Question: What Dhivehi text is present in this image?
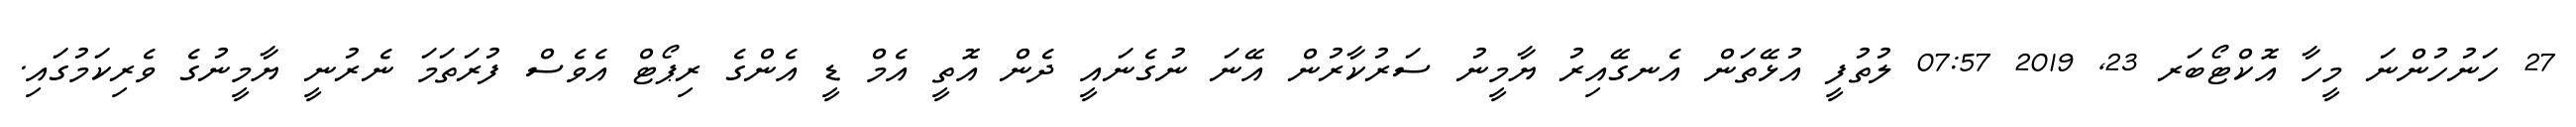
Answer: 27 ހަނުހުންނަ މީހާ އޮކްޓޯބަރ 23, 2019 07:57 ލުތުފީ އުޅޭތަން އެނގޭއިރު ޔާމީނު ސަރުކާރުން އޭނަ ނުގެނައީ ދެން އޮތީ އެމް ޑީ އެންގެ ރިޕޯޓް އެވެސް ފުރަތަމަ ނެރުނީ ޔާމީނުގެ ވެރިކަމުގައި.